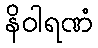
နိဝါရဏံ